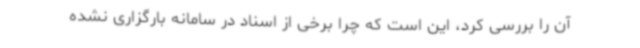
آن را بررسی کرد، این است که چرا برخی از اسناد در سامانه بارگزاری نشده